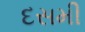
દસમી